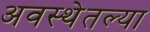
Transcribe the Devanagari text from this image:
अवस्थेतल्या